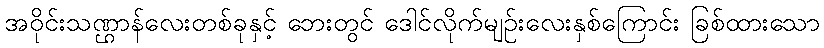
အဝိုင်းသဏ္ဌာန်လေးတစ်ခုနှင့် ဘေးတွင် ဒေါင်လိုက်မျဉ်းလေးနှစ်ကြောင်း ခြစ်ထားသော